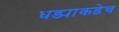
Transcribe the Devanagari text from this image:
धड्याकडेच